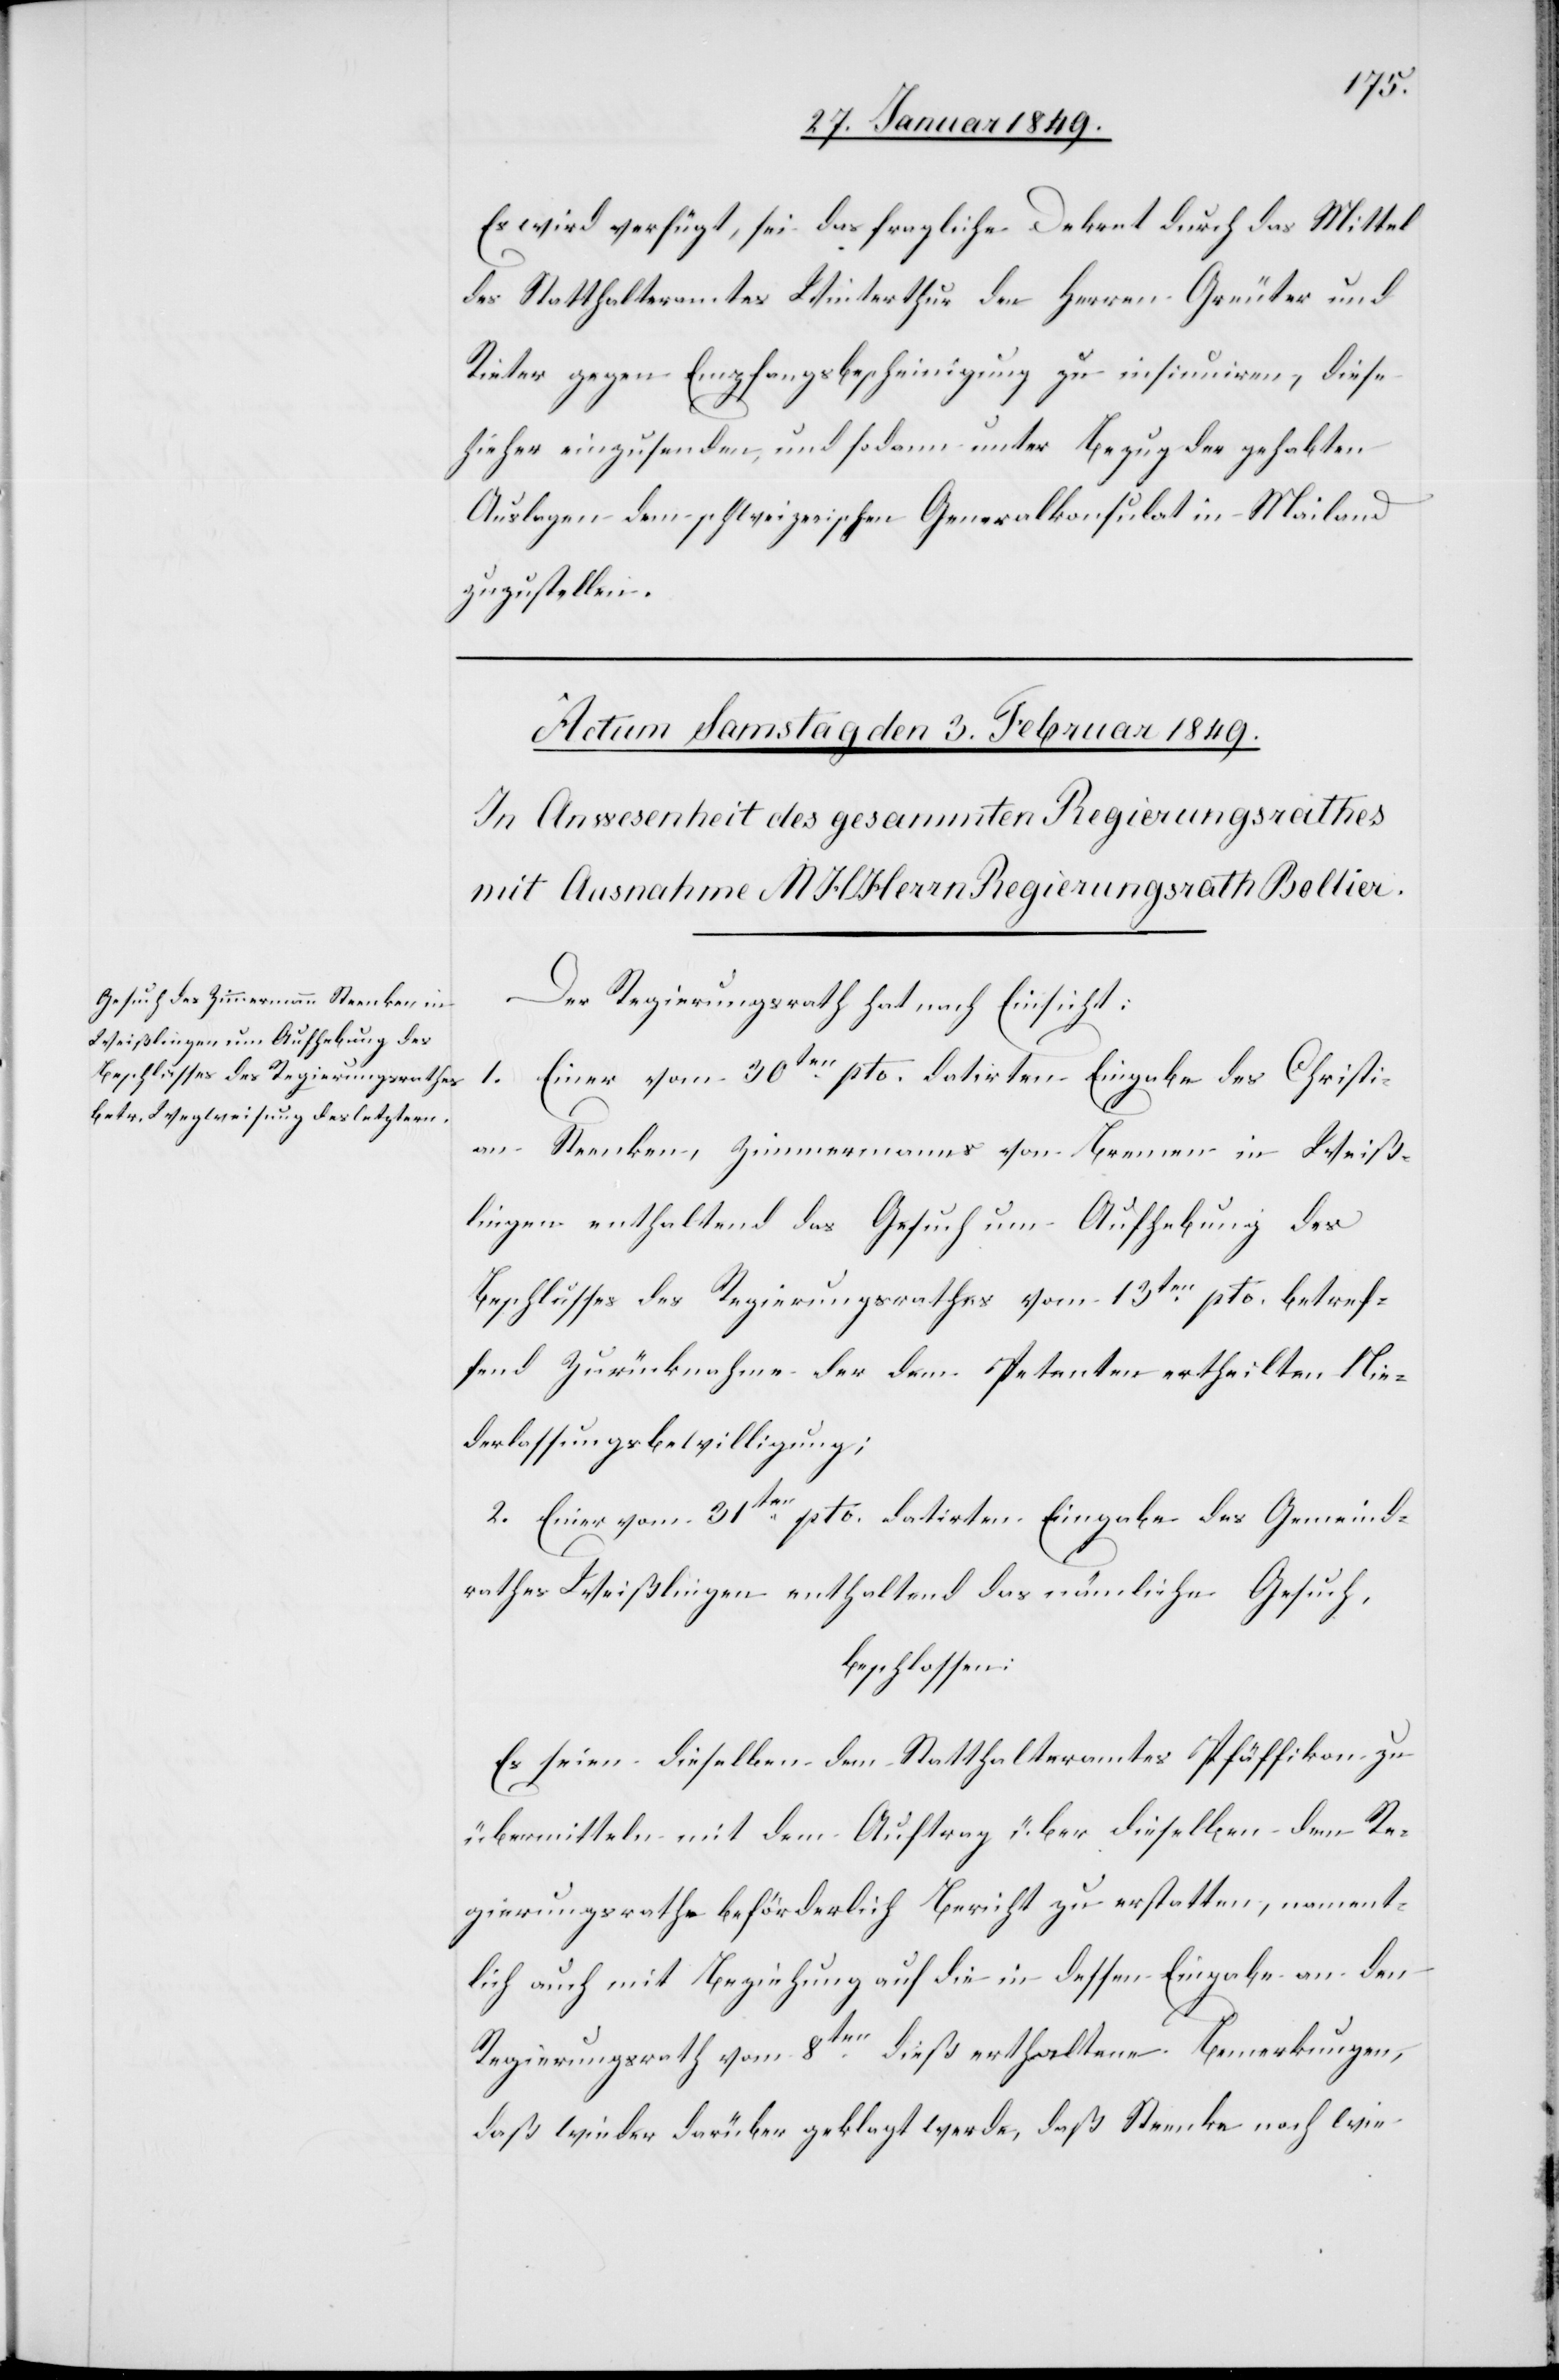
Es wird verfügt, sei das fragliche Dekret durch das Mittel
des Statthalteramtes Winterthur den Herren Greuter und
Rieter gegen Empfangsbescheinigung zu insinuiren, diese
hieher einzusenden, und sodann unter Bezug der gehabten
Auslagen dem schweizerischen Generalkonsulat in Mailand
zuzustellen.
Der Regierungsrath hat nach Einsicht:
1. Einer vom 30ten. pto. datirten Eingabe des Christi¬
an Steenken, Zimmermanns von Bremen in Weiß¬
lingen enthaltend das Gesuch um Aufhebung des
Beschlusses des Regierungsrathes vom 13ten. pto. betref¬
fend Zurücknahme der dem Petenten ertheilten Nie¬
derlassungsbewilligung;
2. Einer vom 31ten. pto. datirten Eingabe des Gemeind¬
rathes Weißlingen enthaltend das nämliche Gesuch,
beschlossen:
Es seien dieselben dem Statthalteramtes [sic!] Pfäffikon zu
übermitteln mit dem Auftrag über dieselben dem Re¬
gierungsrathe beförderlich Bericht zu erstatten, nament¬
lich auch mit Beziehung auf die in dessen Eingabe an den
Regierungsrath vom 8ten. dieß erthaltene [sic!] Bemerkungen,
daß wieder darüber geklagt werde, daß Steenke [sic!] nach